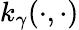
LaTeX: k_{\gamma}(\cdot,\cdot)